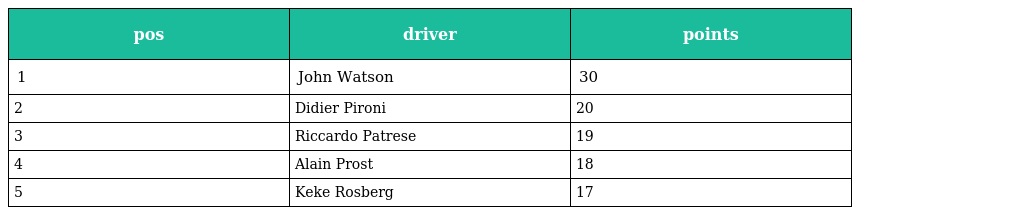
| pos | driver | points |
 | --- | --- | --- |
 | 1 | John Watson | 30 |
 | 2 | Didier Pironi | 20 |
 | 3 | Riccardo Patrese | 19 |
 | 4 | Alain Prost | 18 |
 | 5 | Keke Rosberg | 17 |